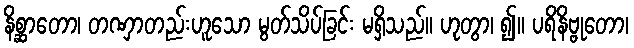
နိစ္ဆာတော၊ တဏှာတည်းဟူသော မွတ်သိပ်ခြင်း မရှိသည်။ ဟုတွာ၊ ၍။ ပရိနိဗ္ဗုတော၊